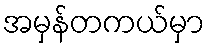
အမှန်တကယ်မှာ